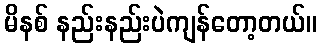
မိနစ် နည်းနည်းပဲကျန်တော့တယ်။